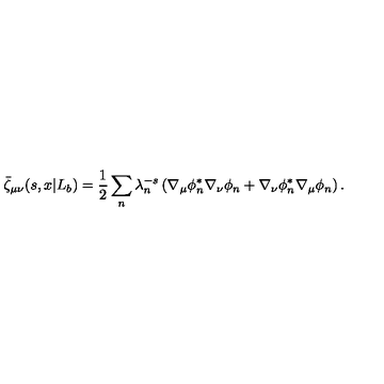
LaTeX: \bar { \zeta } _ { \mu \nu } ( s , x | L _ { b } ) = { \frac { 1 } { 2 } } \sum _ { n } \lambda _ { n } ^ { - s } \left( \nabla _ { \mu } \phi _ { n } ^ { * } \nabla _ { \nu } \phi _ { n } + \nabla _ { \nu } \phi _ { n } ^ { * } \nabla _ { \mu } \phi _ { n } \right) .